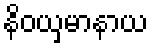
နိဝယှမာနာယ